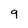
Character: 9